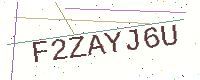
Text: F2ZAYJ6U